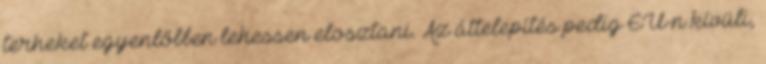
terheket egyenlőbben lehessen elosztani. Az áttelepítés pedig EU-n kívüli,